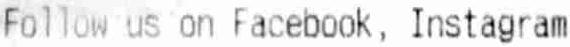
FOLLOW US ON FACEBOOK, INSTAGRAM